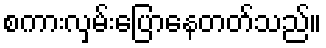
စကားလှမ်းပြောနေတတ်သည်။